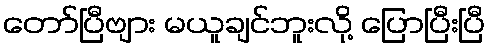
တော်ပြီဗျား မယူချင်ဘူးလို့ ပြောပြီးပြီ